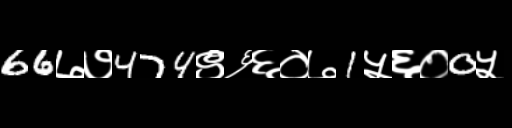
Text: 66७७474९६६०७1५६०0५